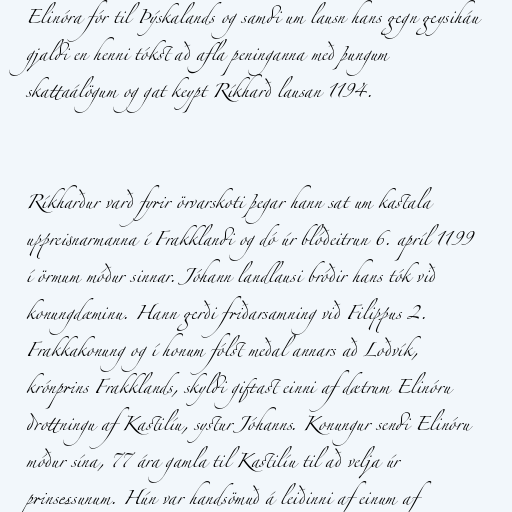
Elinóra fór til Þýskalands og samdi um lausn hans gegn geysiháu
gjaldi en henni tókst að afla peninganna með þungum
skattaálögum og gat keypt Ríkharð lausan 1194.

Ríkharður varð fyrir örvarskoti þegar hann sat um kastala
uppreisnarmanna í Frakklandi og dó úr blóðeitrun 6. apríl 1199
í örmum móður sinnar. Jóhann landlausi bróðir hans tók við
konungdæminu. Hann gerði friðarsamning við Filippus 2.
Frakkakonung og í honum fólst meðal annars að Loðvík,
krónprins Frakklands, skyldi giftast einni af dætrum Elinóru
drottningu af Kastilíu, systur Jóhanns. Konungur sendi Elinóru
móður sína, 77 ára gamla til Kastilíu til að velja úr
prinsessunum. Hún var handsömuð á leiðinni af einum af